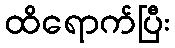
ထိရောက်ပြီး